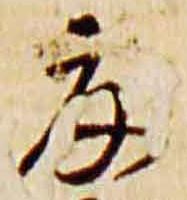
夏